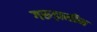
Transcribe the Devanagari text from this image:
गरुड़ासीन